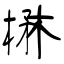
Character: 楙